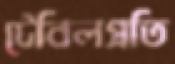
টেবিলপ্রতি